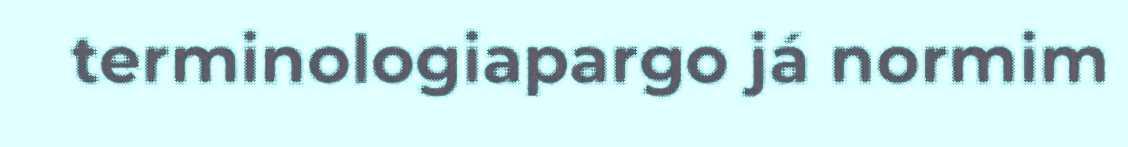
terminologiapargo já normim